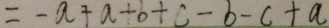
= - a + a + b + c - b - c + a